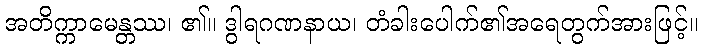
အတိက္ကာမေန္တဿ၊ ၏။ ဒွါရဂဏနာယ၊ တံခါးပေါက်၏အရေတွက်အားဖြင့်။